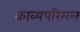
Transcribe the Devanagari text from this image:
काव्यपरिमल